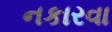
નકારવા